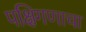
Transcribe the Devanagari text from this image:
पक्षिगणाचा